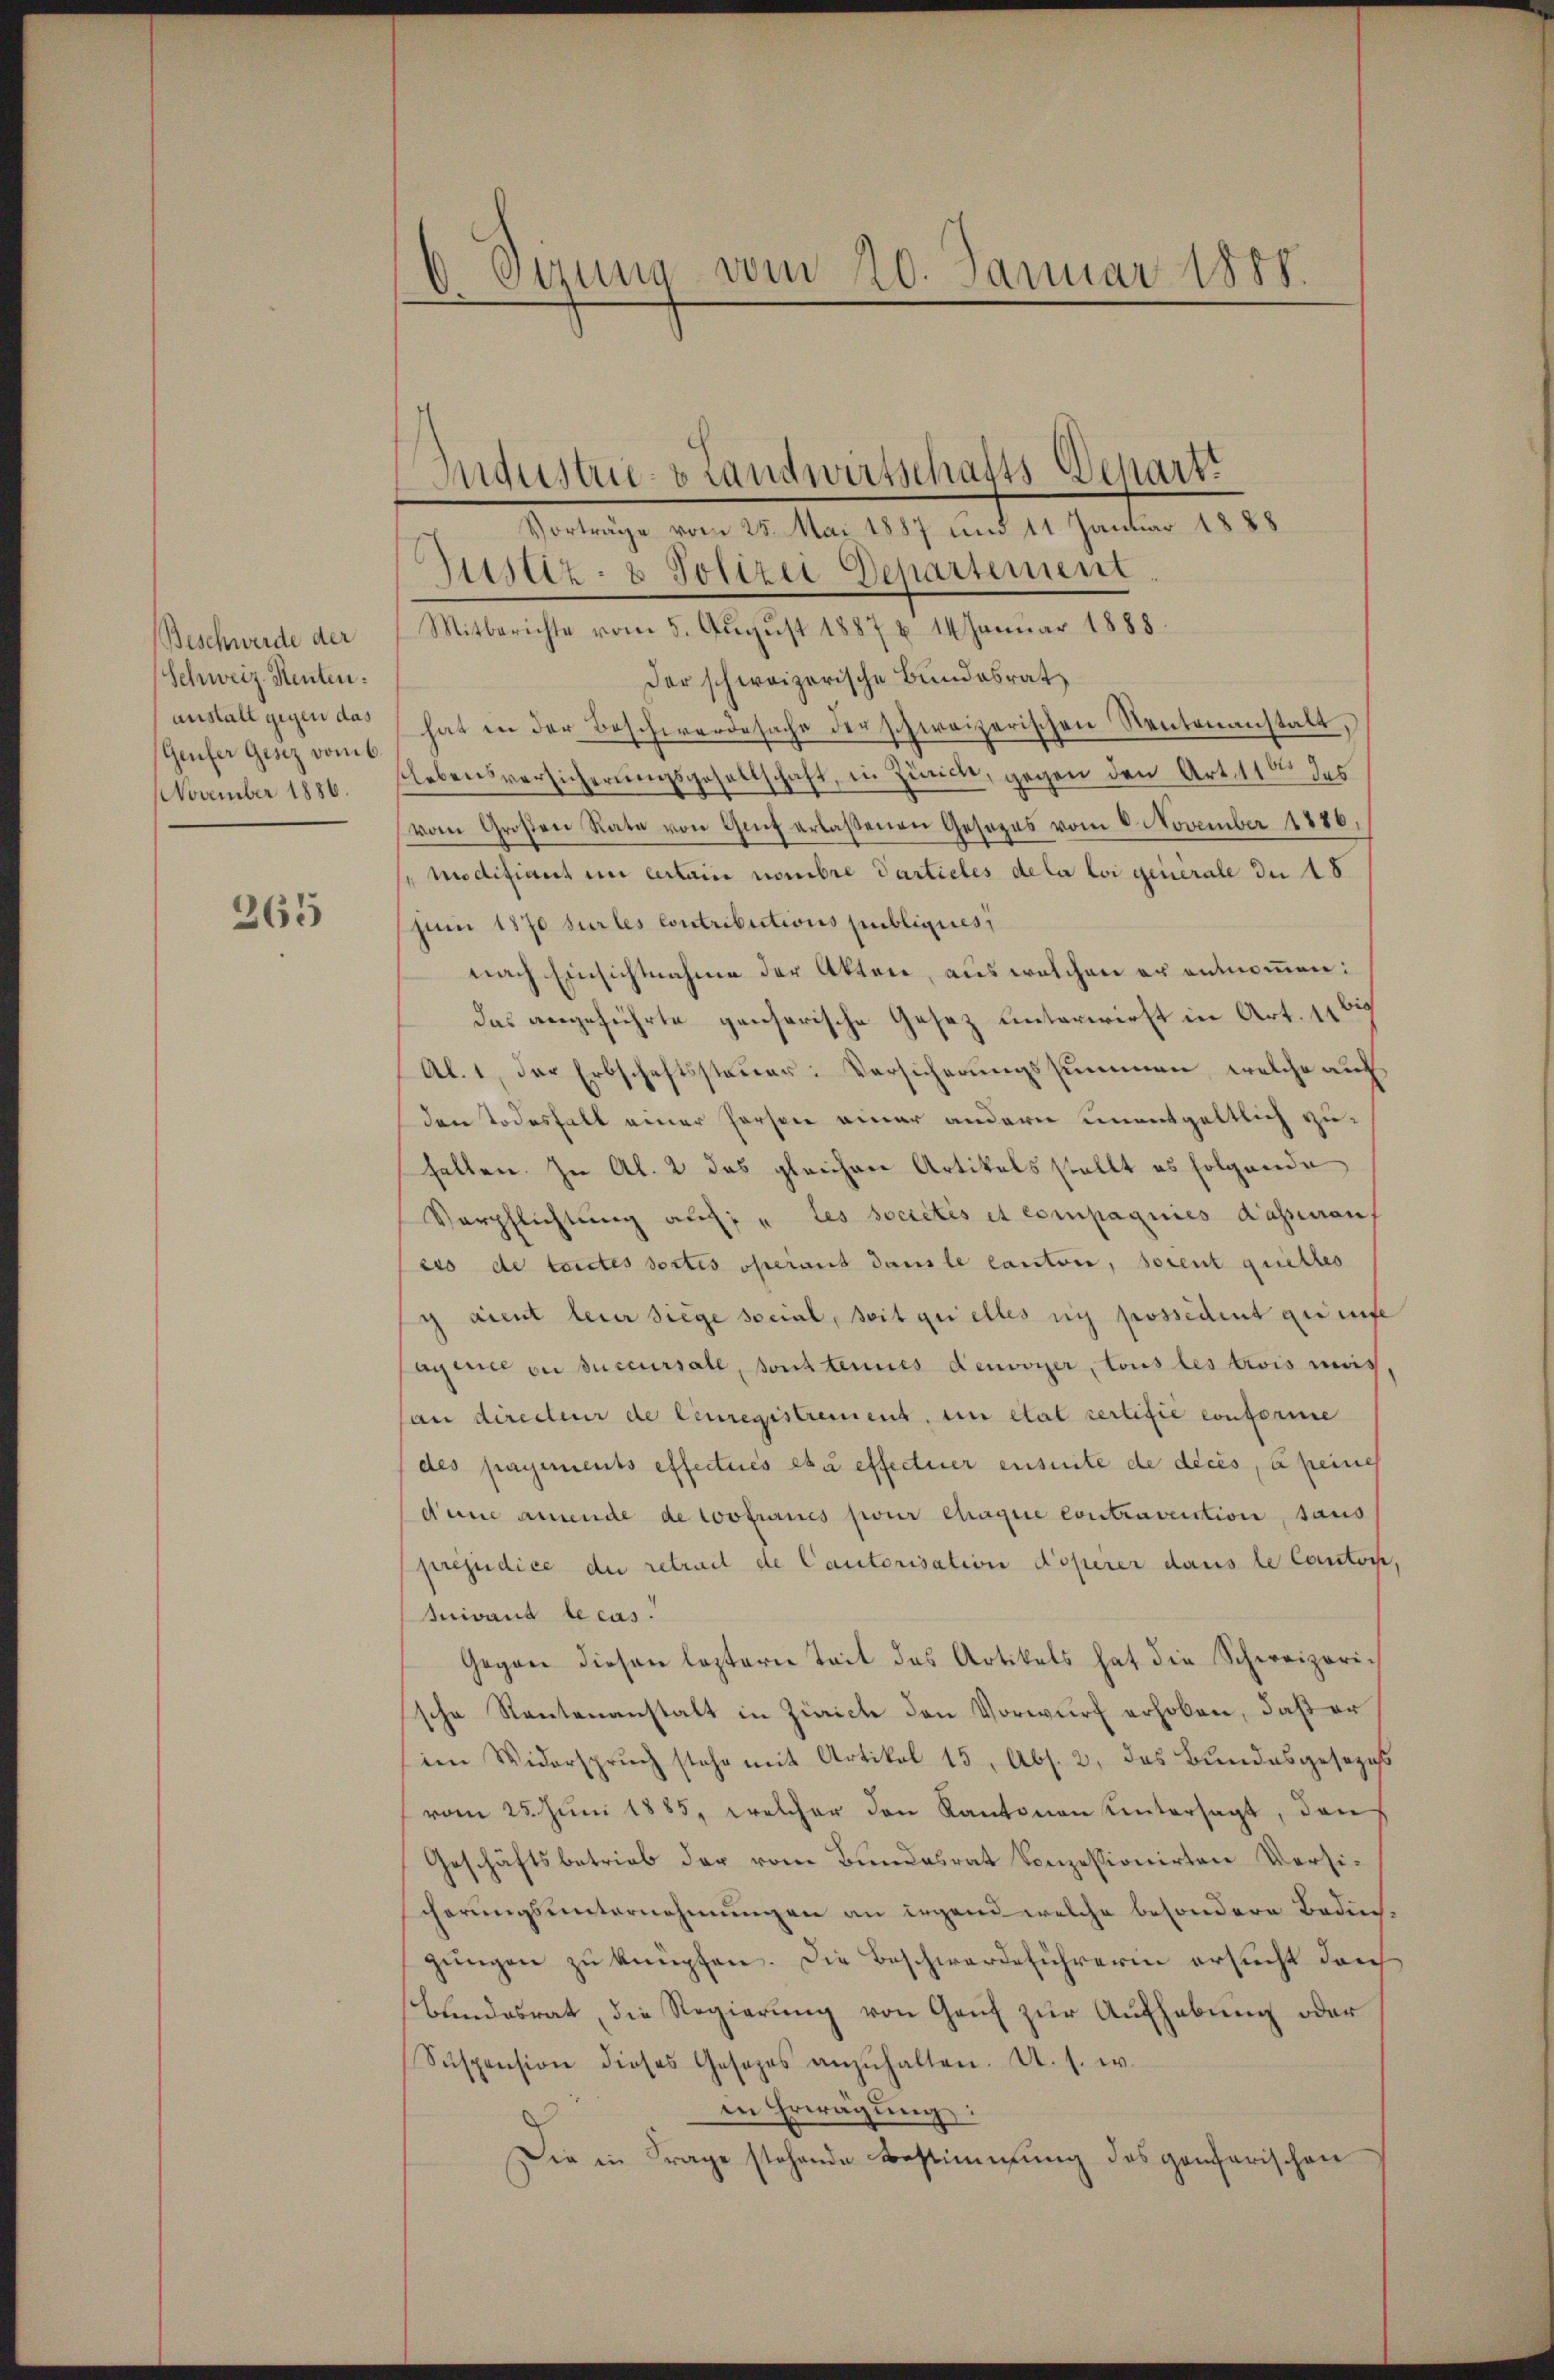
Beschwerde der
Schweiz. Renten.
anstall gegen das
Genfer Gesez vom 6.
November 1886.

265

6 Sizung vom 20. Januar 1888.

Vorträge vom 25. Mai 1887 und 11 Januar 1888
Zustiz- & Polizei Departement
Mitberichte vom 5. Aŭgŭst 1887 u. 14 Janŭar 1888.
Der schweizerische Bundesrat
hat in der Beschwerdesache der schweizerischen Neutenanstalt,
lebensversicherungsgesellschaft, in Zürich, gegen den Art. 110 des
vom Großen Rate von Guif erlaßenen Gesezes vom 6. November 1886,
modifiant in certain nombre Particles de la loi generale de 18
Juni 1870 sur les contributions publiques
nach Einsichtnahme der Akten, aus welchen er entnommen:
das angeführte pensarische Gesetz unterwirft in Art. 11 bis
Al. 1, der Erbschaftssteuer Versicherungssummen, welche auf
den Todesfall einer Person einer andern unentgeltlich zuhalten. In Al. 2 das gleichere Artikels stellt es folgende
Verpflichtung auf: „Les sociétés et compagnies dasserauf
ess de toutes sortes operand dans le cantone, soient guettes
y aient leur siege social, seit quelles sich possident gerufe
Agence ou succursale, sont tenues denvoyer, tous les trois mag,
lan directeur de leuregistrement, en état certifie conforme
(des payements effectués et à effectuer ensuite de décès, à peines
deine amende de Coofrancs pour chaque contravention, sans
préjudice der retrait de Cautorisation doperer dans le Canton,
Juivand le cas.
Gegene diesen lezterne Teil das Artikels hat die Schweizerische Rautenanstalt in Zürich den Vorwurf erhoben, daß er
im Widerspruch stehe mit Artikel 15, Abs. 2, das Bundesgesezes
vom 25. Juni 1885, welcher den Kantonen Untersagt, den
Geschäftsbetrieb der vom Bundesrat konzessionirten Versicherungsunternehmungen an irgend welche besondere Bedingungen zu knüpfen. Die Beschwerdeführerin ersucht dach
Bundesrat, die Regierŭng von Gant zur Aufhebung oder
Suspension dieses Gesezes anzŭhalten. U. s. w.
in Erwägung:
Die in Frage stehende Bestimmung des gonferischen

Industrie- & Landwirtschafts Depart